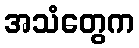
အသံတွေက